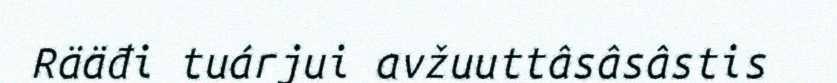
Rääđi tuárjui avžuuttâsâsâstis